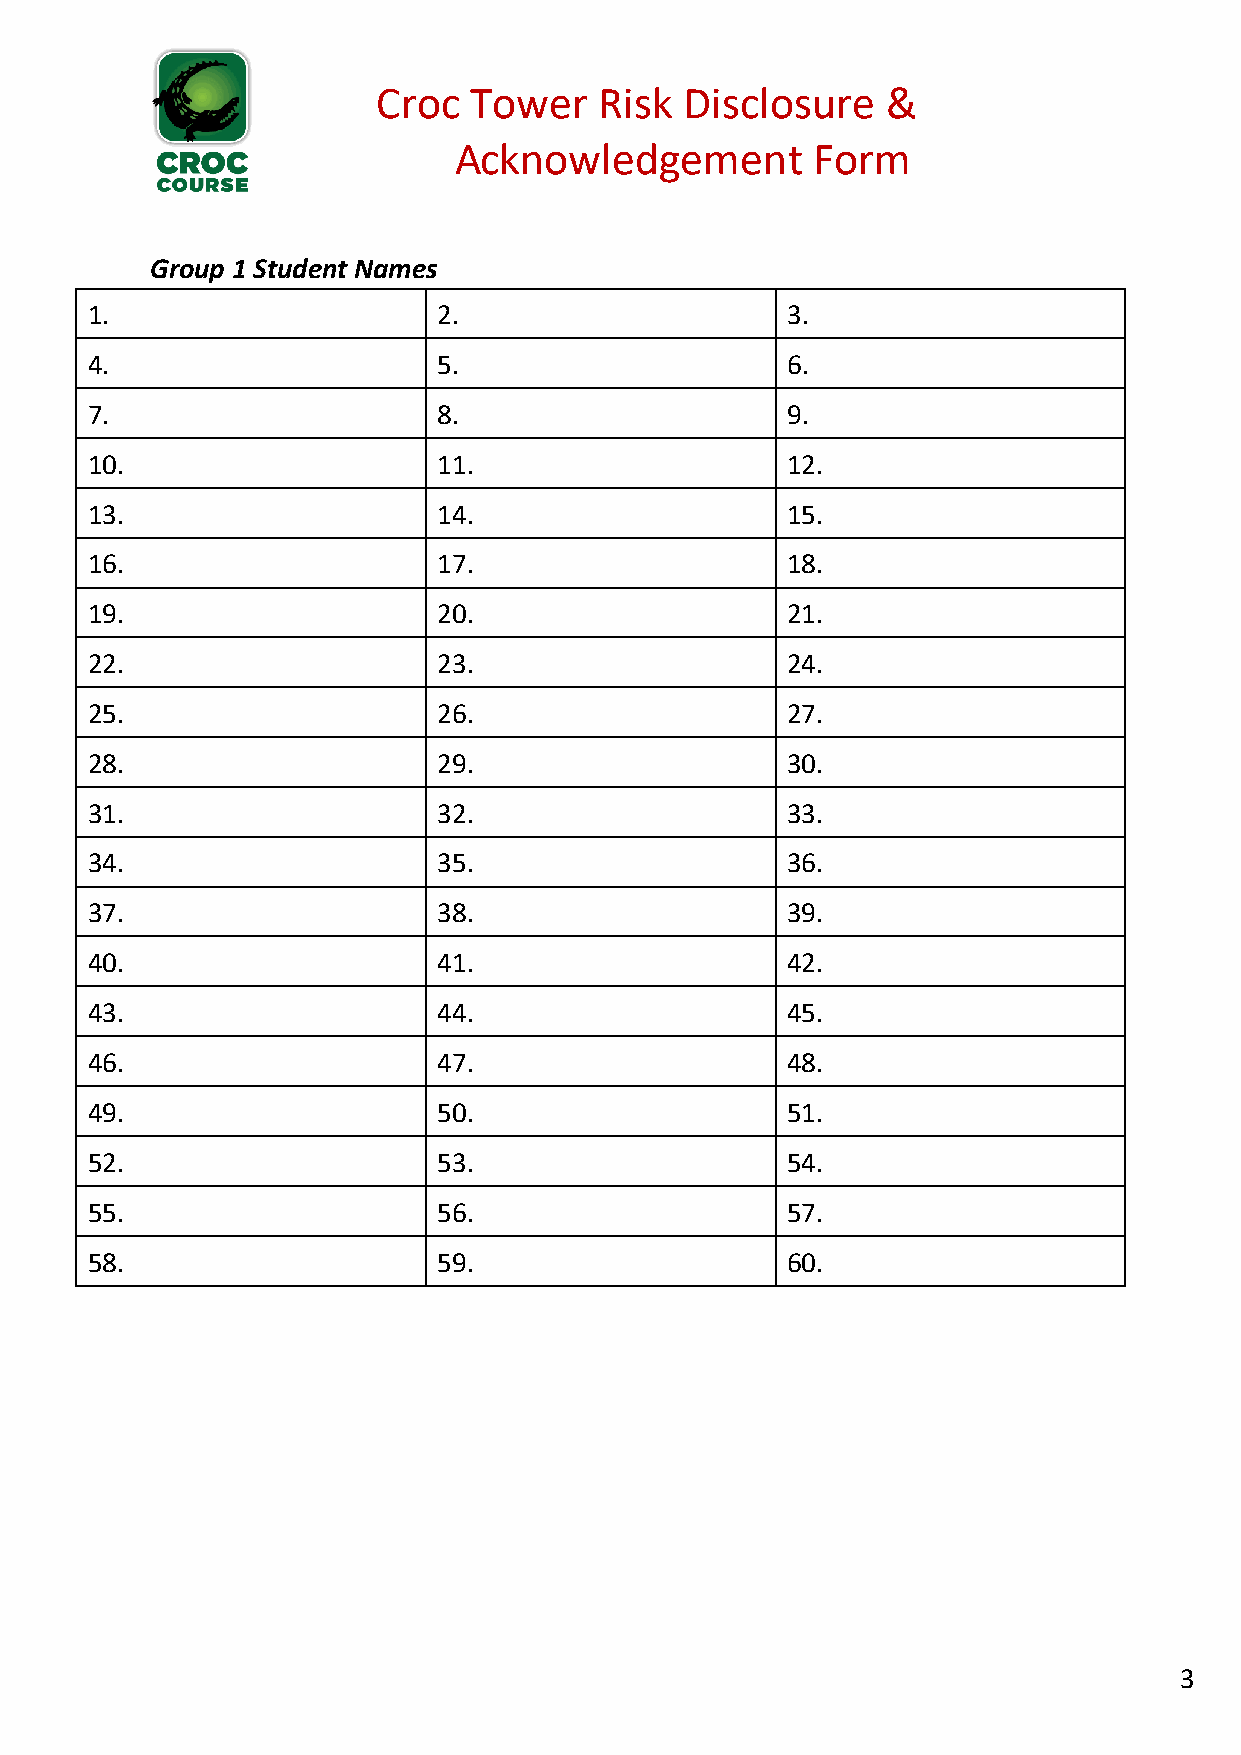
Croc  Tower    Risk Disclosure    &
 Acknowledgement         Form
 Group 1 Student Names
 1.                     2.                     3.
 4.                     5.                     6.
 7.                     8.                     9.
 10.                    11.                    12.
 13.                    14.                    15.
 16.                    17.                    18.
 19.                    20.                    21.
 22.                    23.                    24.
 25.                    26.                    27.
 28.                    29.                    30.
 31.                    32.                    33.
 34.                    35.                    36.
 37.                    38.                    39.
 40.                    41.                    42.
 43.                    44.                    45.
 46.                    47.                    48.
 49.                    50.                    51.
 52.                    53.                    54.
 55.                    56.                    57.
 58.                    59.                    60.
 3